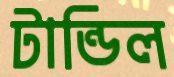
টান্ডিল